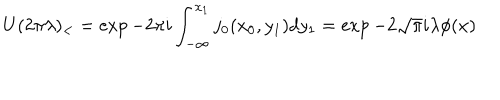
U _ { { } } ( 2 \pi \lambda ) _ { < } = \exp - 2 \pi i \int _ { - \infty } ^ { x _ { 1 } } j _ { 0 } ( x _ { 0 } , y _ { 1 } ) d y _ { 1 } = \exp - 2 \sqrt { \pi } i \lambda \phi ( x )